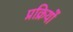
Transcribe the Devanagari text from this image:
प्रक्रियों